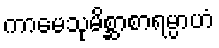
ကာမေသုမိစ္ဆာစာရမ္ပာဟံ